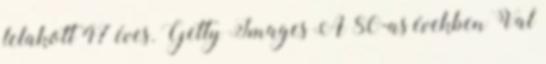
lelakott 47 éves. Getty Images A 80-as években Val